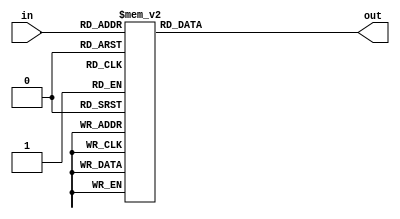
`timescale 1ns / 1ps
//////////////////////////////////////////////////////////////////////////////////
// Company: 
// Engineer: 
// 
// Design Name: 
// Module Name: display
// Project Name: 
// Target Devices: 
// Tool Versions: 
// Description: 
// 
// Dependencies: 
// 
// Revision:
// Revision 0.01 - File Created
// Additional Comments:
// 
//////////////////////////////////////////////////////////////////////////////////


module display(
    input [3:0] in,
output reg [7:0] out 
);
always @(in) 
begin
    case(in)        
        4'b0000:out = 8'hc0;
        4'b0001:out = 8'hf9;
        4'b0010:out = 8'ha4;
        4'b0011:out = 8'hb0;
        4'b0100:out = 8'h99;
        4'b0101:out = 8'h92;
        4'b0110:out = 8'h82;
        4'b0111:out = 8'hf8;
        4'b1000:out = 8'h80;
        4'b1001:out = 8'h90;
        4'b1010:out = 8'h88;
        4'b1011:out = 8'h83;
        4'b1100:out = 8'hc6;
        4'b1101:out = 8'ha1;
        4'b1110:out = 8'h86;
        4'b1111:out = 8'h8e;
    endcase
end
endmodule